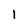
Character: 1